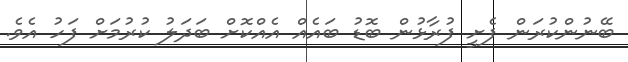
ބޭނުންކުރަން ފެށީ ފުރާޅުން ބޮޑު ބައެއް އެއްކޮށް ބަދަލު ކުރުމަށް ފަހު އެވެ.